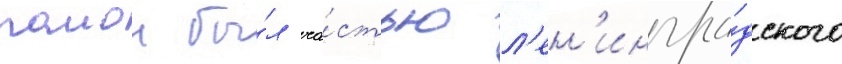
раион бы́л ча́стью л'ен'ингра́дского